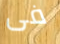
فى